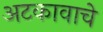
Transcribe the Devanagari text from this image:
अटकावाचे